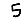
Digit: 5